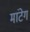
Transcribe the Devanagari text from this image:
मांटेग